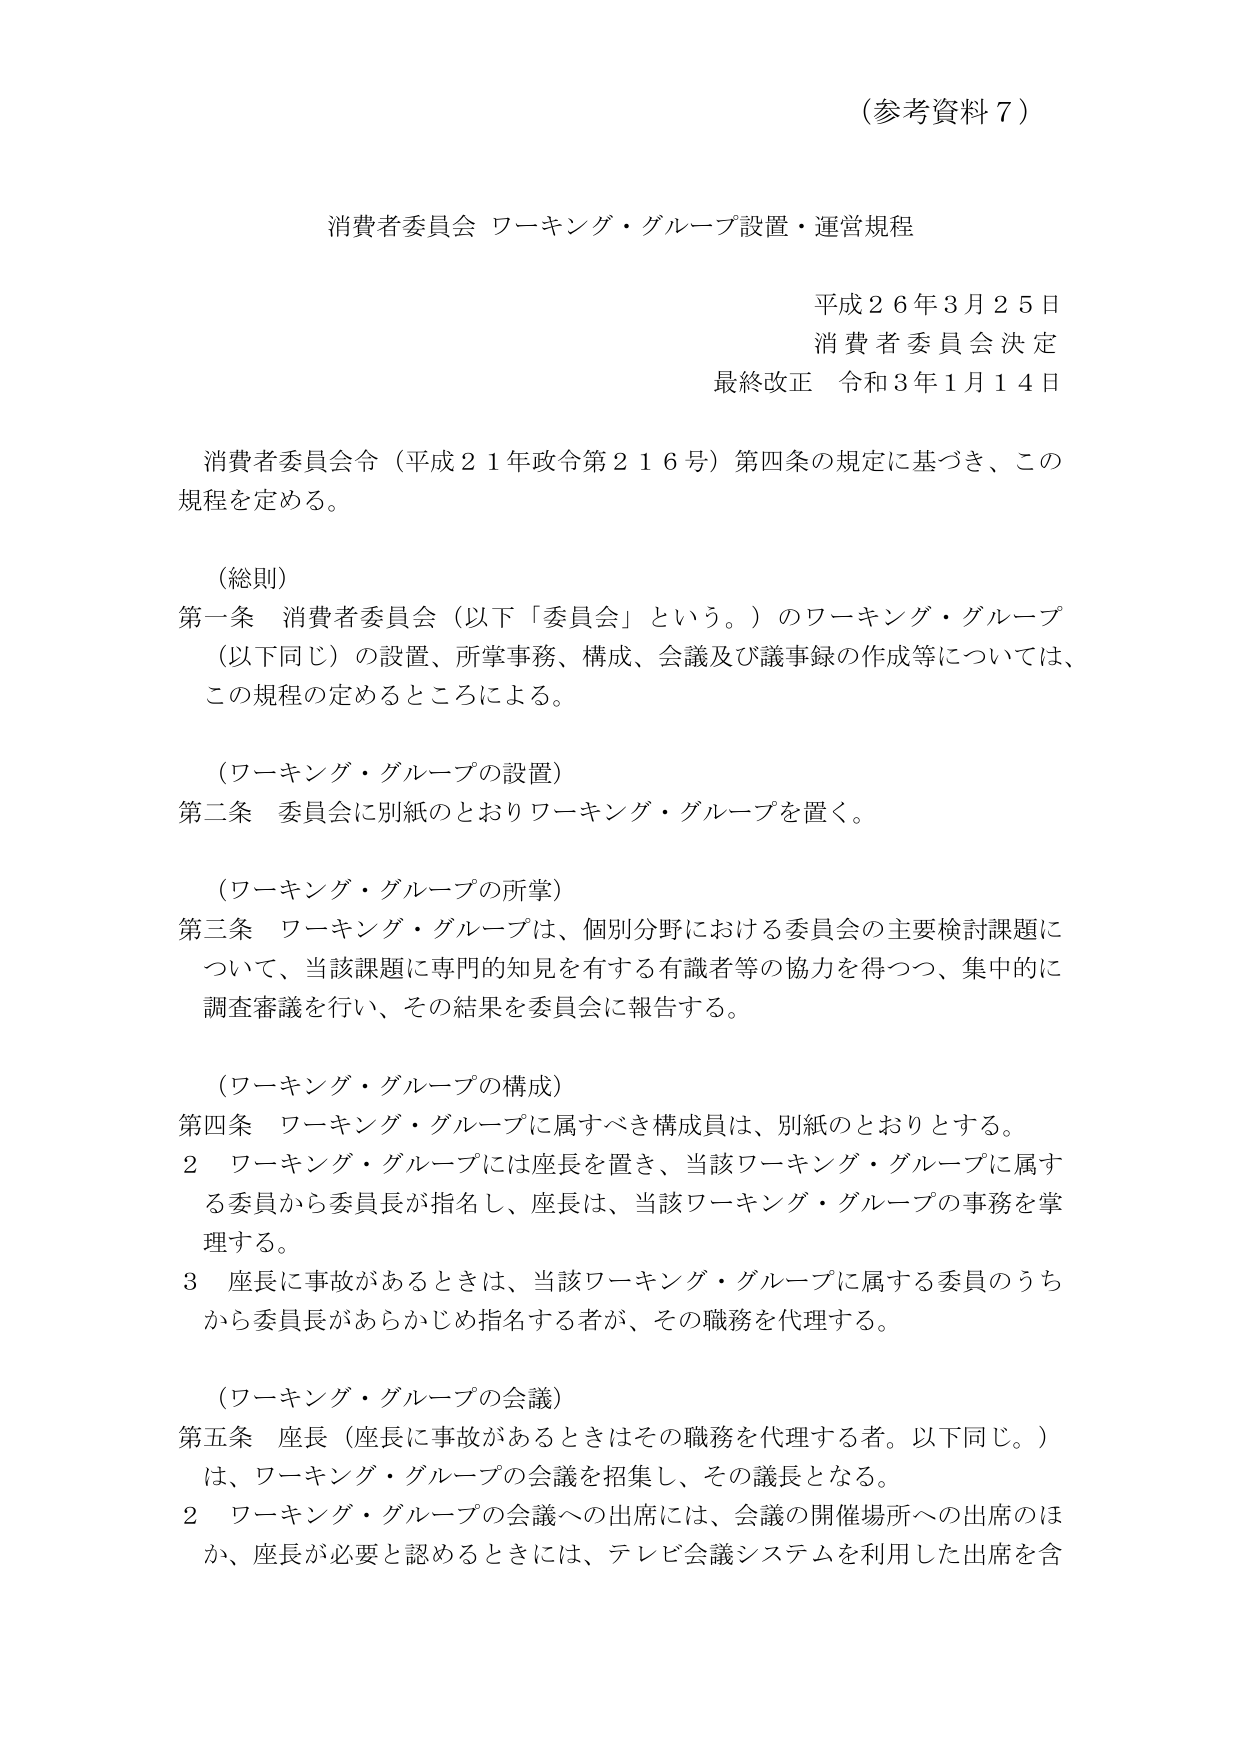
（参考資料７）

消費者委員会 ワーキング・グループ設置・運営規程

平成２６年３月２５日
消費者委員会決定
最終改正 令和３年１月１４日

消費者委員会令（平成２１年政令第２１６号）第四条の規定に基づき、この規程を定める。

（総則）
第一条 消費者委員会（以下「委員会」という。）のワーキング・グループ（以下同じ）の設置、所掌事務、構成、会議及び議事録の作成等については、この規程の定めるところによる。

（ワーキング・グループの設置）
第二条 委員会に別紙のとおりワーキング・グループを置く。

（ワーキング・グループの所掌）
第三条 ワーキング・グループは、個別分野における委員会の主要検討課題について、当該課題に専門的知見を有する有識者等の協力を得つつ、集中的に調査審議を行い、その結果を委員会に報告する。

（ワーキング・グループの構成）
第四条 ワーキング・グループに属すべき構成員は、別紙のとおりとする。
２ ワーキング・グループには座長を置き、当該ワーキング・グループに属する委員から委員長が指名し、座長は、当該ワーキング・グループの事務を掌理する。
３ 座長に事故があるときは、当該ワーキング・グループに属する委員のうちから委員長があらかじめ指名する者が、その職務を代理する。

（ワーキング・グループの会議）
第五条 座長（座長に事故があるときはその職務を代理する者。以下同じ。）は、ワーキング・グループの会議を招集し、その議長となる。
２ ワーキング・グループの会議への出席には、会議の開催場所への出席のほか、座長が必要と認めるときには、テレビ会議システムを利用した出席を含